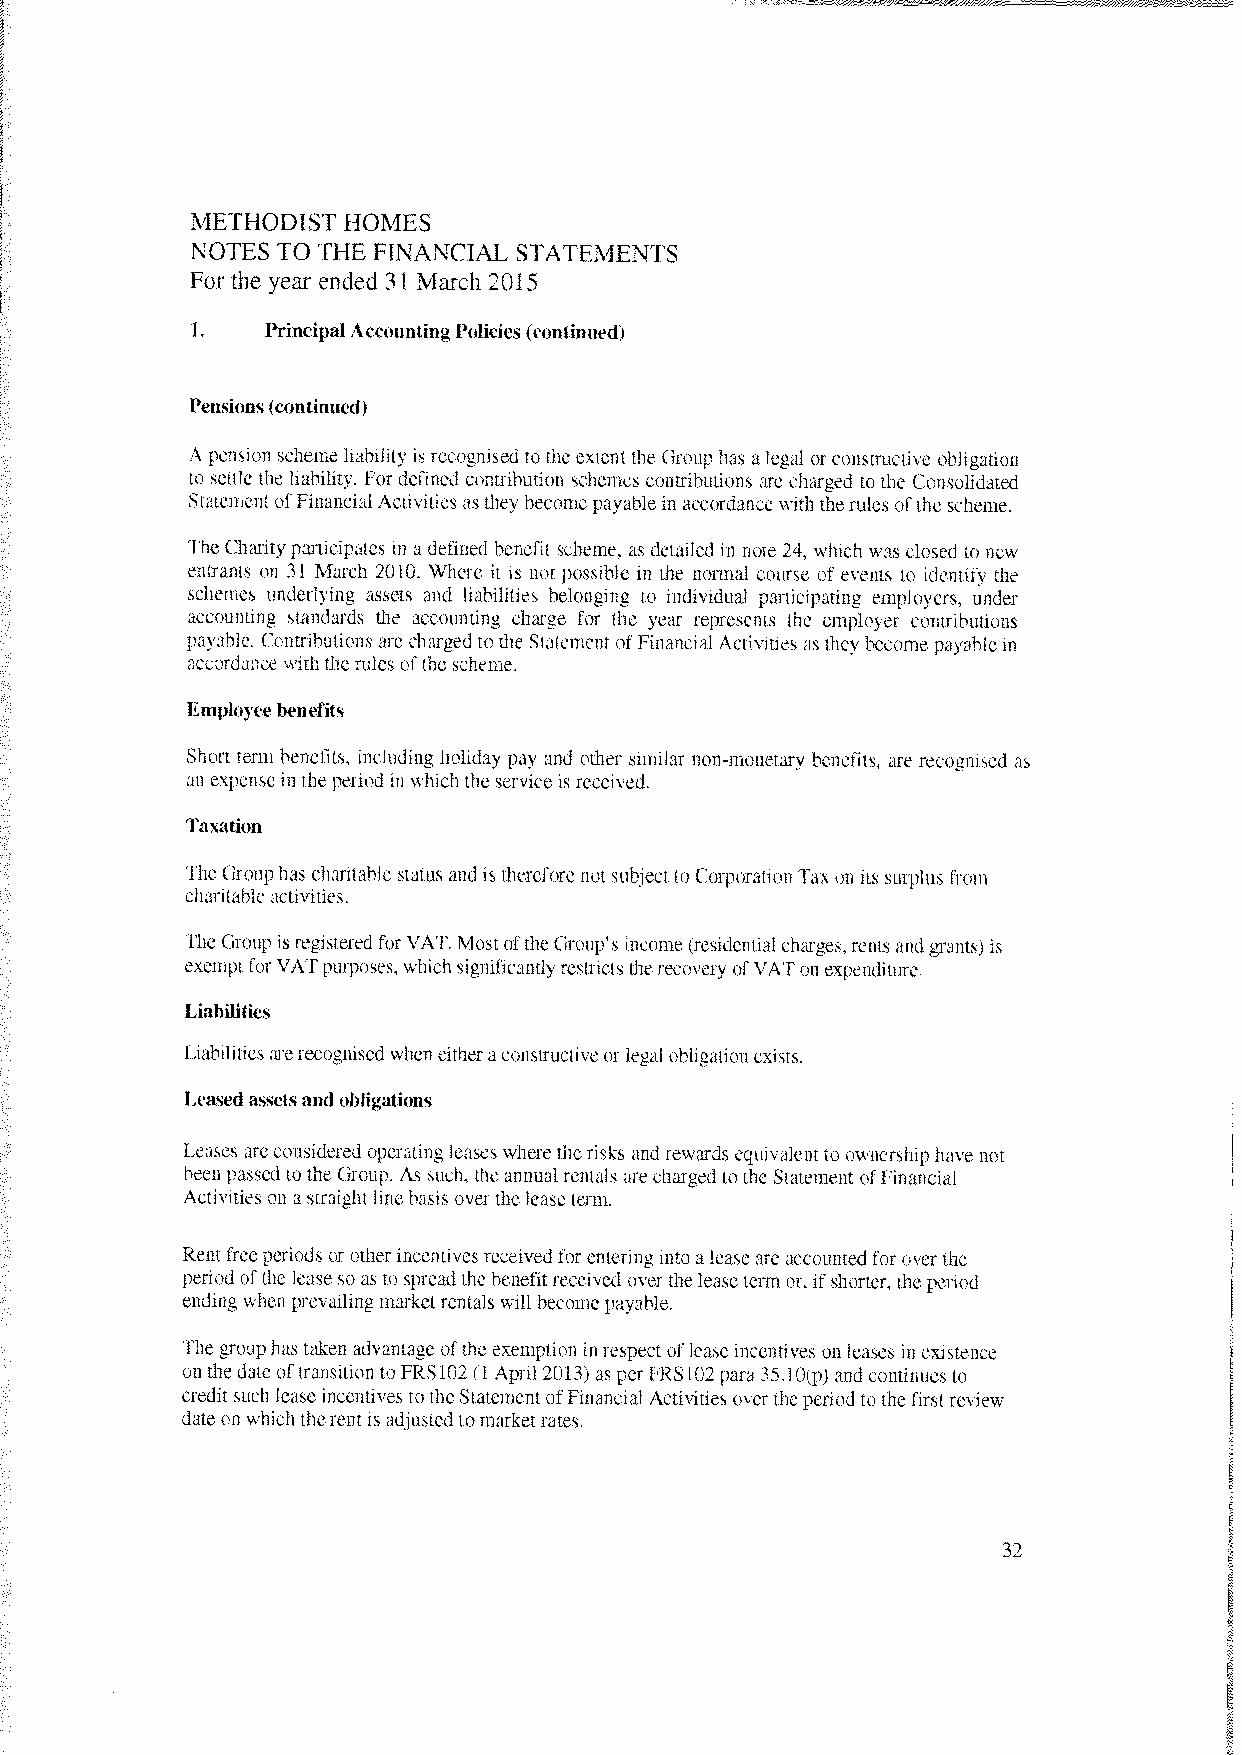
METHODIST HOMES
 NOTES TO THE FINANCIAL STATEMENTS
 For the year ended 31 March 2015
 L    PrincipalAccounting Policies (continued)
 Pensions(continued)
 A pension scheme liability is recognised to the extent the Group has a legal or constructive obligation
 to settle the liability. For defined contribution schemes contributions are charged to the Consolidated
 Statement ofFinancial Activities as they become payable in accordance with therules of the scheme.
 ‘Ihe Charit participates in a defined benefit scheme, as detailed in note 24. which was closed to ne
 entrants on 31 March 2010. \Vhere it is not possible in the normal course of events to identify the
 schemes underlying assets and liabilities belonging to individual participating employers, tinder
 accounting standards the accounting charge for the year represents the employer contributions
 payable. Contributions are charged to the Statement of Financial Actiities as they become payable in
 accordance ith the rules ofthe scheme.
 Employee benefits
 Short term benefits, including holiday pa’ and other similar non monetary’ benefits, are recognised as
 an expense in the period in which the service is receised,
 Taxation
 I’he Group has charitable status and is therefore notsubject to Corporation ‘lax on its surplus from
 charitable acti\ities.
 ‘The Group isregistered for VAT. Most ofthe Group’s income (residential charges.rents and grants) is
 exempt for VATpurposes. which significantly restricts the recoscry ofVATon expenditure.
 Liabilities
 Liabilitiesarerecognised when eithera constructie or legal obligationexists.
 Leased assetsand obligations
 Leases areconsidered operating leases where the risks and rewards equivalent to msnershiphae not
 been passed to the Group. As such, the annual rentals are charged to the Statement ofFinancial
 Activities on a straight linebasis over the lease term.
 Rent free periods or otherincentives receivedfor entering into a lease are accounted for oer the
 period ofthe lease so as to spread the benefit received over thelease term or, ifshorter, the period
 ending when prevailing niarket rentals will become payable.
 The grouphas taken adantage ofthe exemption in respect oflease incentises on leases in existence
 on the date oftransition to FRSIO2 (1 April 20131 as perFRS102 para 35.lO(p) and continues to
 credit such lease incentives to the Statement of Financial Activities over the period to the first review
 date on which therent is adjusted to marketrates.
 32